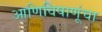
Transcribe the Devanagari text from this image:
आणिविषाणूंचा